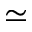
\simeq